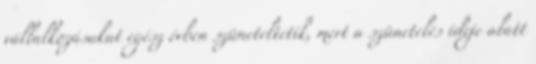
vállalkozásukat egész évben szüneteltetik, mert a szünetelés ideje alatt